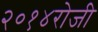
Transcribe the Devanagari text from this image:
२०१४रोजी